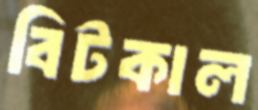
বিটকাল